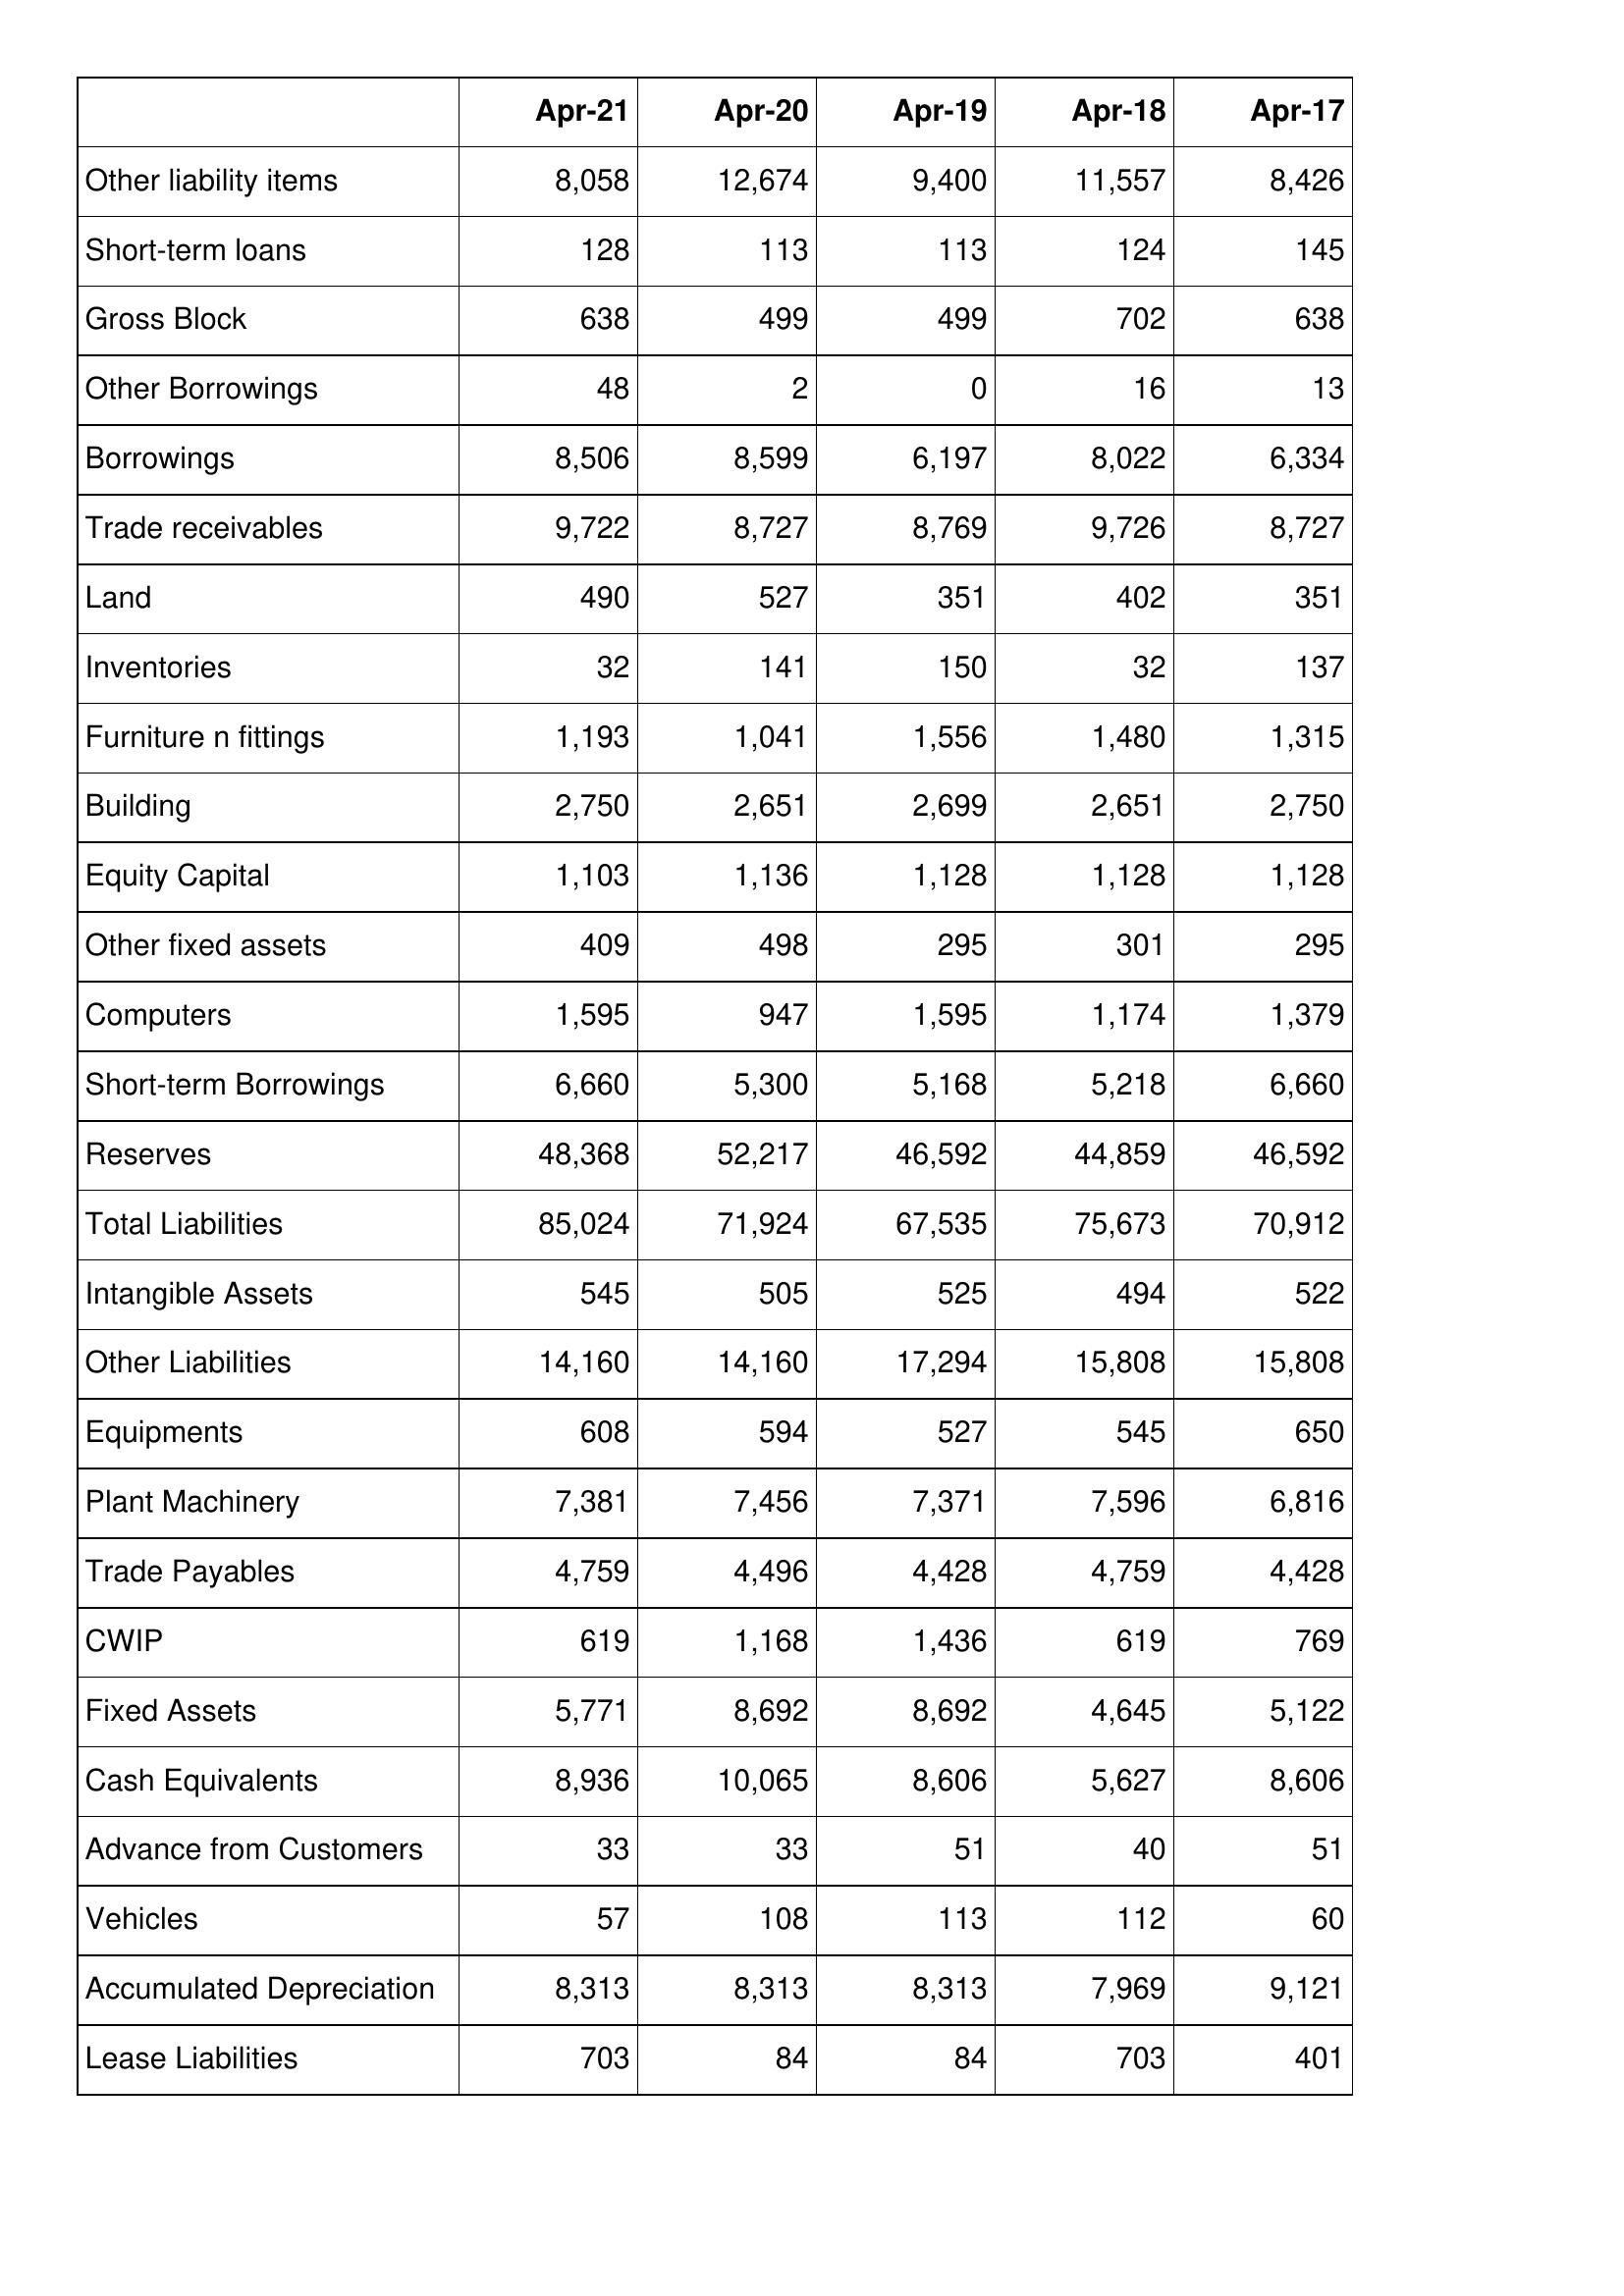
Apr-21: Balance Sheet: Other liability items: 8,058
Short-term loans: 128
Gross Block: 638
Other Borrowings: 48
Borrowings: 8,506
Trade receivables: 9,722
Land: 490
Inventories: 32
Furniture n fittings: 1,193
Building: 2,750
Equity Capital: 1,103
Other fixed assets: 409
Computers: 1,595
Short-term Borrowings: 6,660
Reserves: 48,368
Total Liabilities: 85,024
Intangible Assets: 545
Other Liabilities: 14,160
Equipments: 608
Plant Machinery: 7,381
Trade Payables: 4,759
CWIP: 619
Fixed Assets: 5,771
Cash Equivalents: 8,936
Advance from Customers: 33
Vehicles: 57
Accumulated Depreciation: 8,313
Lease Liabilities: 703
Apr-20: Balance Sheet: Other liability items: 12,674
Short-term loans: 113
Gross Block: 499
Other Borrowings: 2
Borrowings: 8,599
Trade receivables: 8,727
Land: 527
Inventories: 141
Furniture n fittings: 1,041
Building: 2,651
Equity Capital: 1,136
Other fixed assets: 498
Computers: 947
Short-term Borrowings: 5,300
Reserves: 52,217
Total Liabilities: 71,924
Intangible Assets: 505
Other Liabilities: 14,160
Equipments: 594
Plant Machinery: 7,456
Trade Payables: 4,496
CWIP: 1,168
Fixed Assets: 8,692
Cash Equivalents: 10,065
Advance from Customers: 33
Vehicles: 108
Accumulated Depreciation: 8,313
Lease Liabilities: 84
Apr-19: Balance Sheet: Other liability items: 9,400
Short-term loans: 113
Gross Block: 499
Other Borrowings: 0
Borrowings: 6,197
Trade receivables: 8,769
Land: 351
Inventories: 150
Furniture n fittings: 1,556
Building: 2,699
Equity Capital: 1,128
Other fixed assets: 295
Computers: 1,595
Short-term Borrowings: 5,168
Reserves: 46,592
Total Liabilities: 67,535
Intangible Assets: 525
Other Liabilities: 17,294
Equipments: 527
Plant Machinery: 7,371
Trade Payables: 4,428
CWIP: 1,436
Fixed Assets: 8,692
Cash Equivalents: 8,606
Advance from Customers: 51
Vehicles: 113
Accumulated Depreciation: 8,313
Lease Liabilities: 84
Apr-18: Balance Sheet: Other liability items: 11,557
Short-term loans: 124
Gross Block: 702
Other Borrowings: 16
Borrowings: 8,022
Trade receivables: 9,726
Land: 402
Inventories: 32
Furniture n fittings: 1,480
Building: 2,651
Equity Capital: 1,128
Other fixed assets: 301
Computers: 1,174
Short-term Borrowings: 5,218
Reserves: 44,859
Total Liabilities: 75,673
Intangible Assets: 494
Other Liabilities: 15,808
Equipments: 545
Plant Machinery: 7,596
Trade Payables: 4,759
CWIP: 619
Fixed Assets: 4,645
Cash Equivalents: 5,627
Advance from Customers: 40
Vehicles: 112
Accumulated Depreciation: 7,969
Lease Liabilities: 703
Apr-17: Balance Sheet: Other liability items: 8,426
Short-term loans: 145
Gross Block: 638
Other Borrowings: 13
Borrowings: 6,334
Trade receivables: 8,727
Land: 351
Inventories: 137
Furniture n fittings: 1,315
Building: 2,750
Equity Capital: 1,128
Other fixed assets: 295
Computers: 1,379
Short-term Borrowings: 6,660
Reserves: 46,592
Total Liabilities: 70,912
Intangible Assets: 522
Other Liabilities: 15,808
Equipments: 650
Plant Machinery: 6,816
Trade Payables: 4,428
CWIP: 769
Fixed Assets: 5,122
Cash Equivalents: 8,606
Advance from Customers: 51
Vehicles: 60
Accumulated Depreciation: 9,121
Lease Liabilities: 401